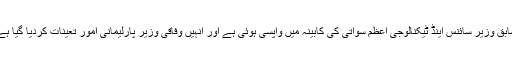
سابق وزیر سائنس اینڈ ٹیکنالوجی اعظم سواتی کی کابینہ میں واپسی ہوئی ہے اور انہیں وفاقی وزیر پارلیمانی امور تعینات کردیا گیا ہے۔